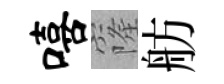
嘻窿舫